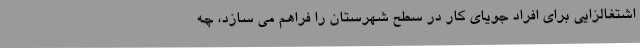
اشتغالزایی برای افراد جویای کار در سطح شهرستان را فراهم می سازد، چه